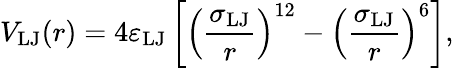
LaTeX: V_{\mathrm{LJ}}(r)=4\varepsilon_{\mathrm{LJ}}\left[\left(\frac{\sigma_{\mathrm{LJ}}}{r}\right)^{12}-\left(\frac{\sigma_{\mathrm{LJ}}}{r}\right)^{6}\right],